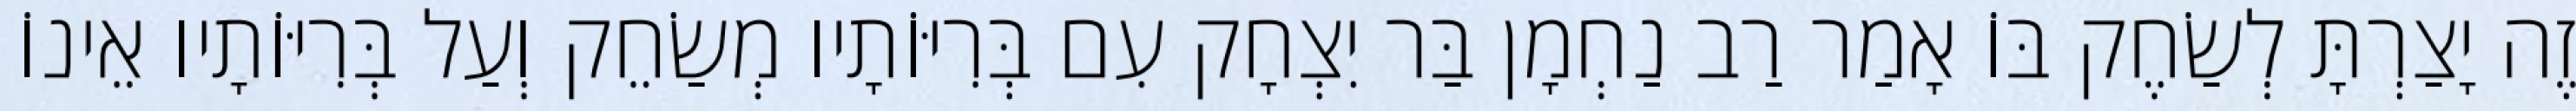
זֶה יָצַרְתָּ לְשַׂחֶק בּוֹ אָמַר רַב נַחְמָן בַּר יִצְחָק עִם בְּרִיּוֹתָיו מְשַׂחֵק וְעַל בְּרִיּוֹתָיו אֵינוֹ